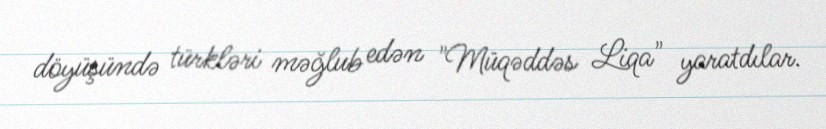
döyüşündə türkləri məğlub edən "Müqəddəs Liqa" yaratdılar.